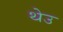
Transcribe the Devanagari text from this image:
थेउ